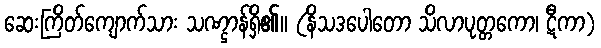
ဆေးကြိတ်ကျောက်သား သဏ္ဌာန်ရှိ၏။ (နိသဒပေါတော သိလာပုတ္တကော၊ ဋီကာ)